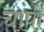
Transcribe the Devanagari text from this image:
चांपों